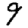
Digit: 9